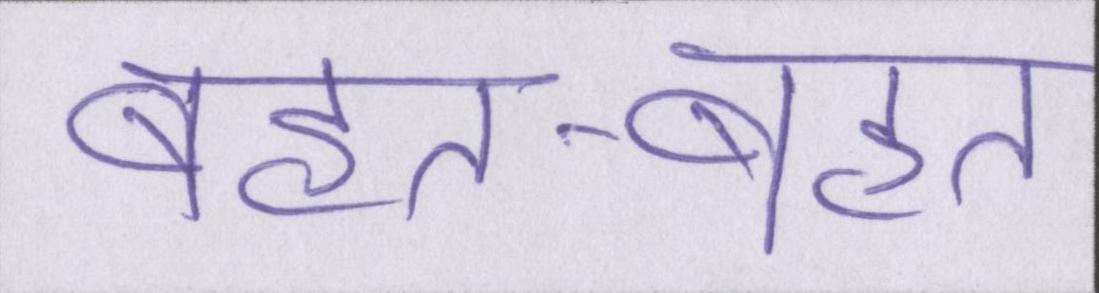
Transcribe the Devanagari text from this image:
बहुत-बहुत